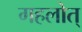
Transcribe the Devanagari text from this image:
गहलोत्